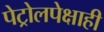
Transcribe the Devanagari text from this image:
पेट्रोलपेक्षाही